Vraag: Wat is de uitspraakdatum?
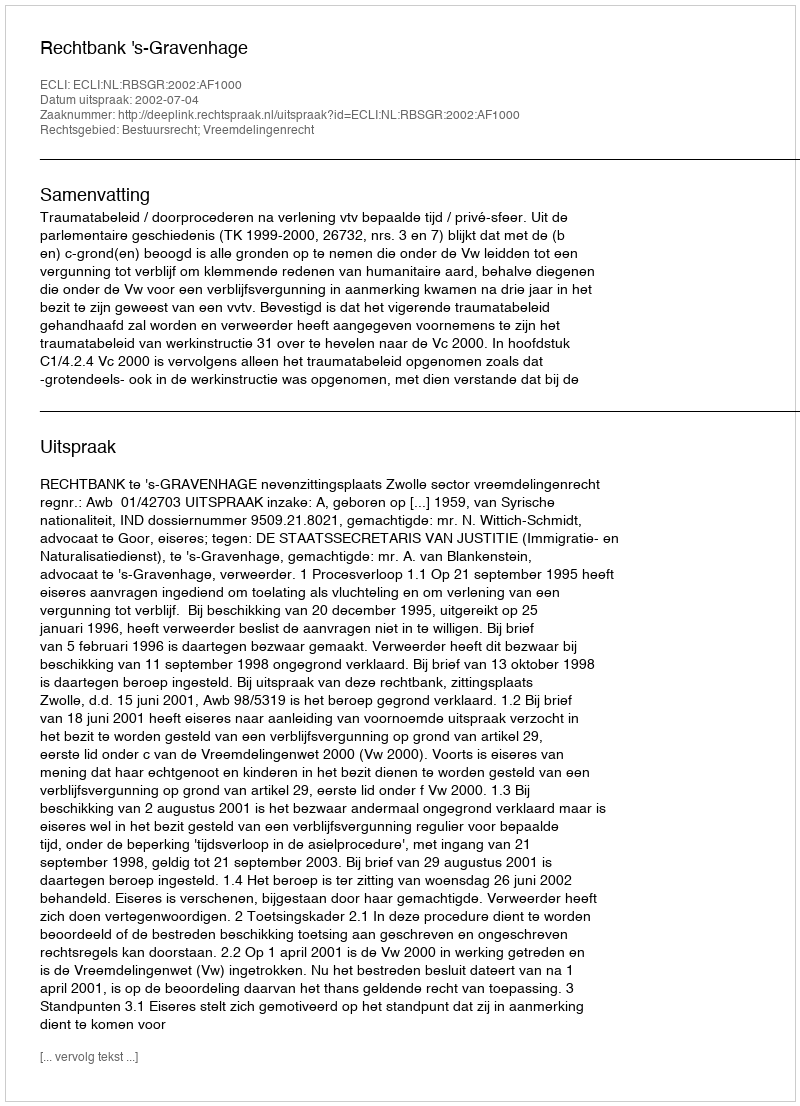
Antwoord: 2002-07-04